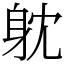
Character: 躭